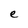
Character: e